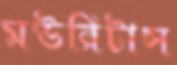
মউরিটাস